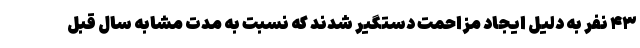
۴۳ نفر به دلیل ایجاد مزاحمت دستگیر شدند که نسبت به مدت مشابه سال قبل